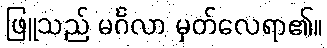
ဖြူသည် မင်္ဂလာ မှတ်လေရာ၏။